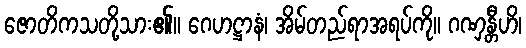
ဇောတိကသတို့သား၏။ ဂေဟဋ္ဌာနံ၊ အိမ်တည်ရာအရပ်ကို။ ဂဏှန္တီဟိ၊